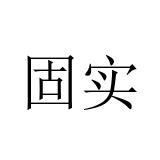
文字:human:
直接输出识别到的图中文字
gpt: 固实